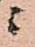
ニ